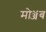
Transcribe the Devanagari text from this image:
मोॲब